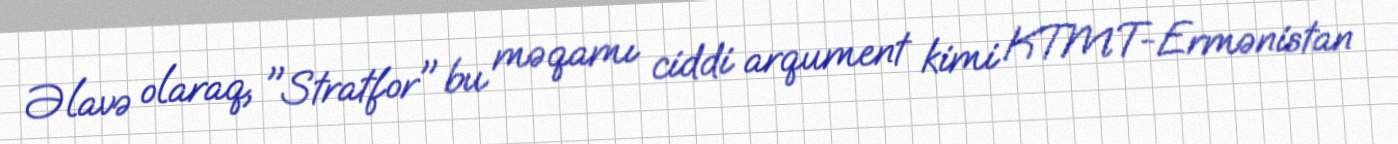
Əlavə olaraq, "Stratfor" bu məqamı ciddi arqument kimi KTMT-Ermənistan